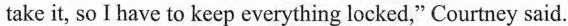
take it, so I have to keep everything locked,"Courtney said.